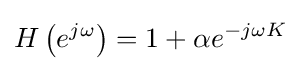
H\left(e^{j\omega }\right)=1+\alpha e^{-j\omega K}